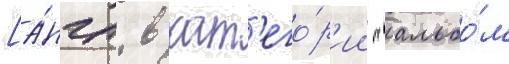
[а́нгл. в кат'его́р'ии "альбо́м